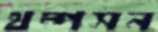
থম্পসন